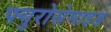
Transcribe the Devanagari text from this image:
फ्युरोसेमाइड